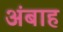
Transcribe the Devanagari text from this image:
अंबाह